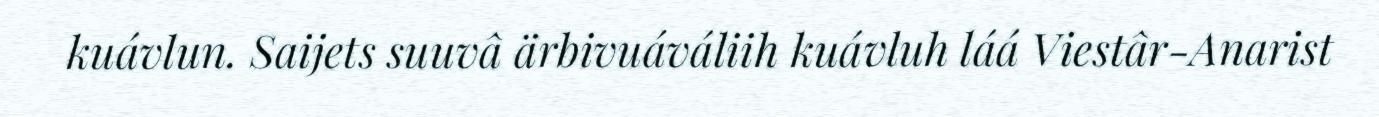
kuávlun. Saijets suuvâ ärbivuáváliih kuávluh láá Viestâr-Anarist